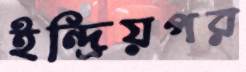
ইন্দ্রিয়পর